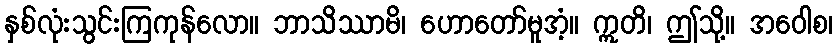
နှစ်လုံးသွင်းကြကုန်လော။ ဘာသိဿာမိ၊ ဟောတော်မူအံ့။ ဣတိ၊ ဤသို့။ အဝေါစ၊